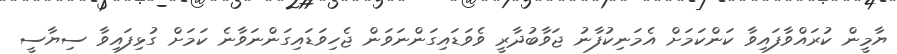
ޔާމީން ކުރައްވާފައިވާ ކަންކަމަށް އެމަނިކުފާނު ޖަވާބުދާރީ ވެވަޑައިގަންނަވަން ޖެހިވަޑައިގަންނަވާނެ ކަމަށް ގުޅިފައިވާ ސިޔާސީ